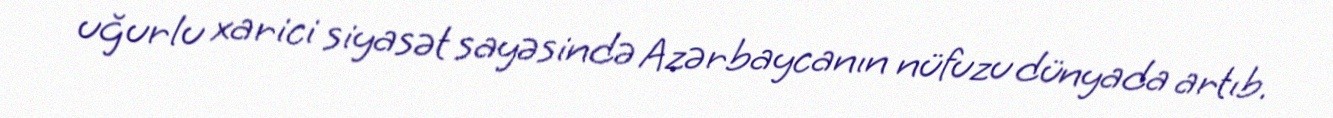
uğurlu xarici siyasət sayəsində Azərbaycanın nüfuzu dünyada artıb.